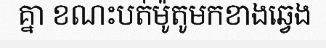
គ្នា ខណះបត់ម៉ូតូមកខាងឆ្វេង